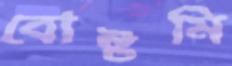
বোষ্টমি